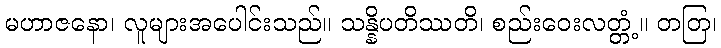
မဟာဇနော၊ လူများအပေါင်းသည်။ သန္နိပတိဿတိ၊ စည်းဝေးလတ္တံ့။ တတြ၊